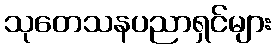
သုတေသနပညာရှင်များ